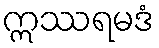
ဣဿရမဒံ